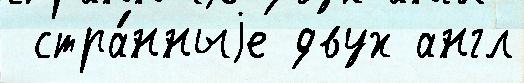
 стра́нныjе двух англ